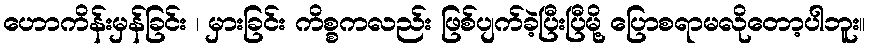
ဟောကိန်းမှန်ခြင်း ၊ မှားခြင်း ကိစ္စကလည်း ဖြစ်ပျက်ခဲ့ပြီးပြီမို့ ပြောစရာမလိုတော့ပါဘူး။